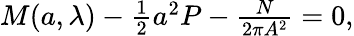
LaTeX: \begin{array}{r}{M({a},\lambda)-\frac{1}{2}{a}^{2}P-\frac{N}{2\pi A^{2}}=0,}\end{array}